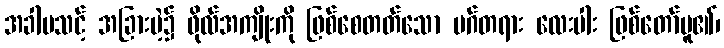
အခါမသင့် အခြားမဲ့၌ ဖိုလ်အကျိုးကို ဖြစ်စေတတ်သော မဂ်တရား လေးပါး ဖြစ်တော်မူ၏၊